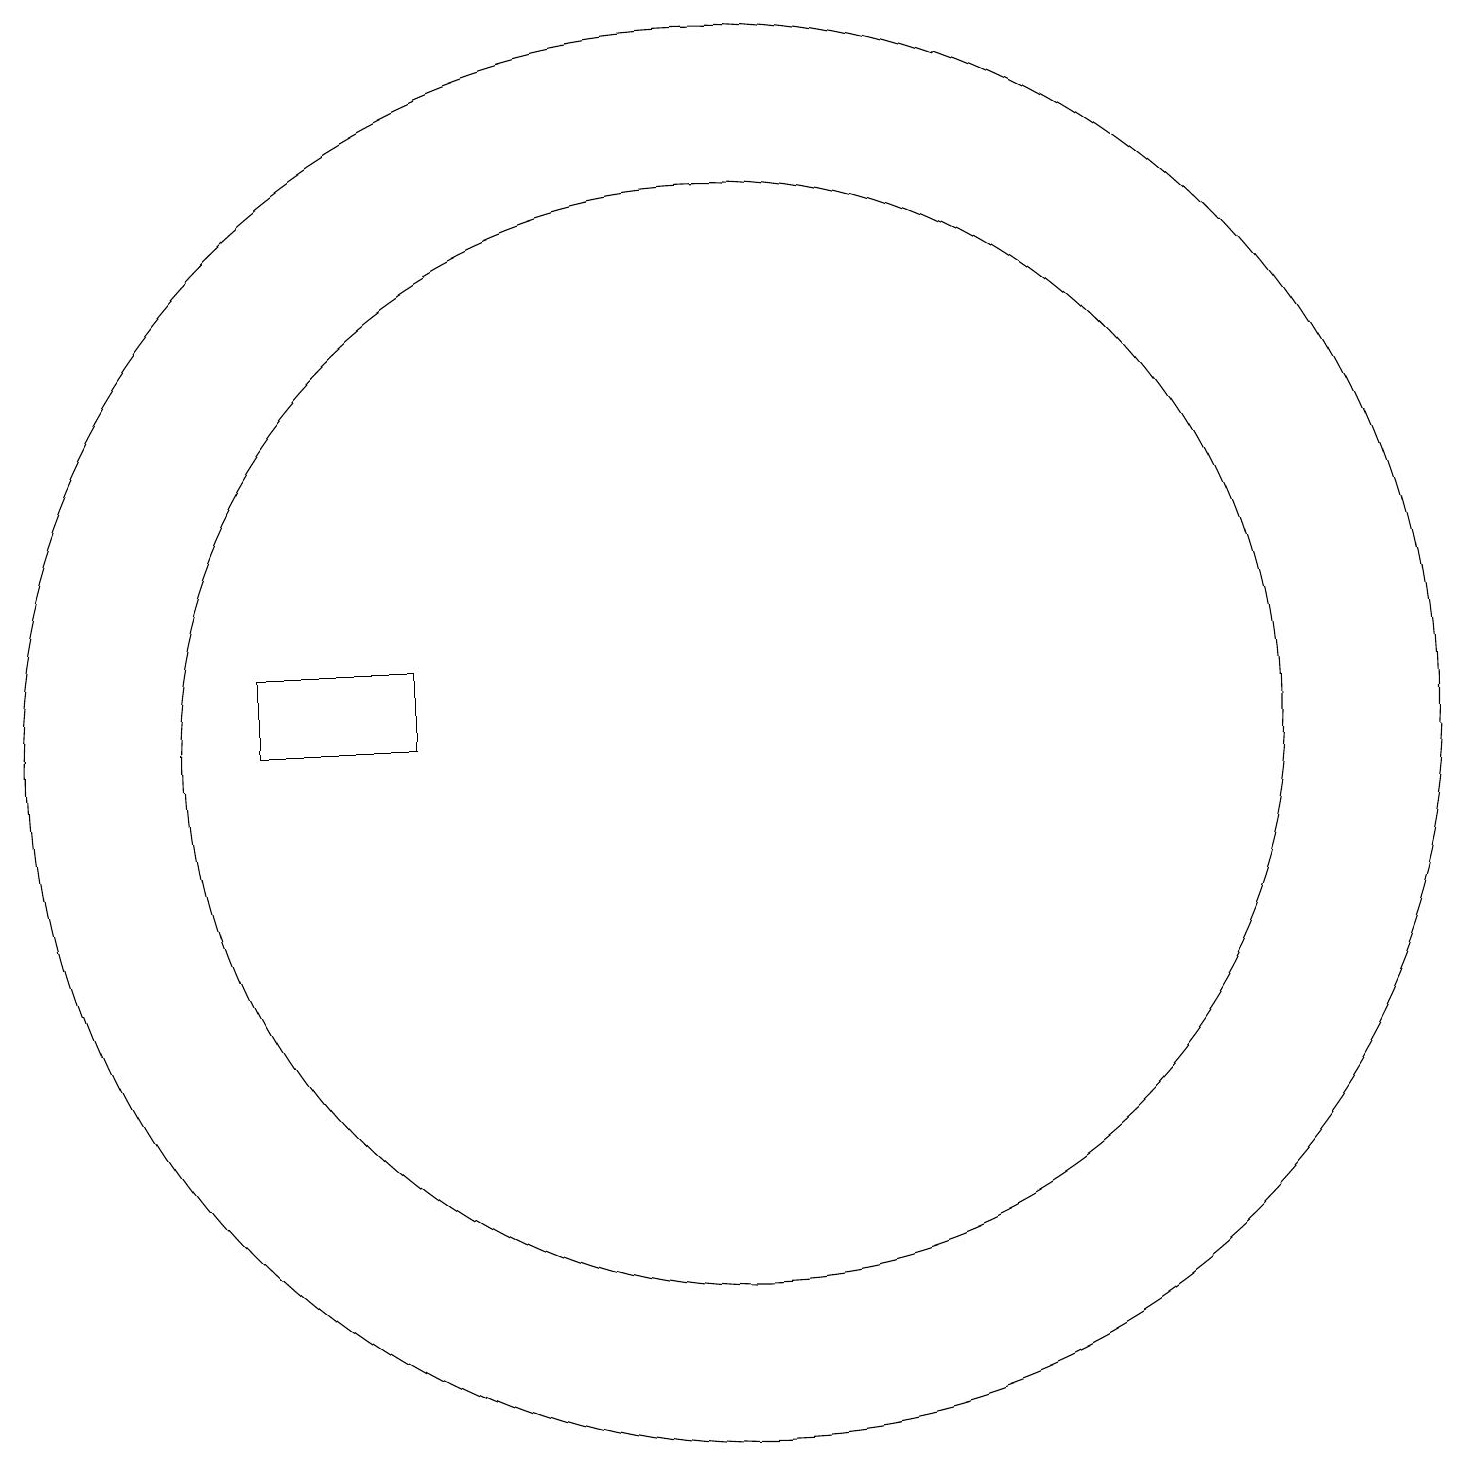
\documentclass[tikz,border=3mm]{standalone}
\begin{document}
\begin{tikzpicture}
\draw (10,10) circle (9);
\draw (10,10) circle (7);
\draw (12,11) circle (0);
\draw (4,10) rectangle (6,11);
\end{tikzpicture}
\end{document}